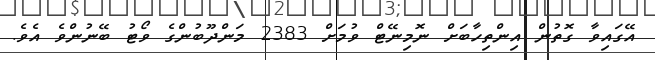
އޭގައިވާ ގޮތުން އިންތިހާބަށް ނޮމިނޭޓް ވުމަށް 2383 މަންދޫބުންގެ ވޯޓު ބޭނުންވެ އެވެ.